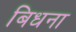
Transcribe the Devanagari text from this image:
बिधना